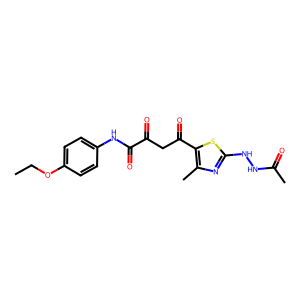
SMILES: CCOc1ccc(NC(=O)C(=O)CC(=O)c2sc(NNC(C)=O)nc2C)cc1
Inhibits HIV replication: No